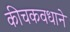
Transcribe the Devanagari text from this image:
कीचकवधाने